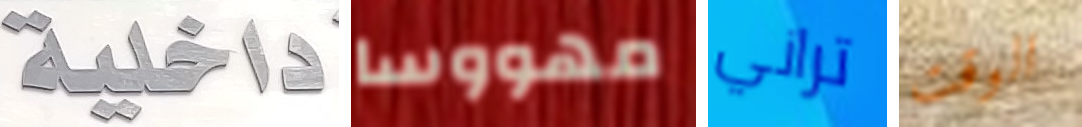
داخلية مهووسا تراني الوقت